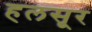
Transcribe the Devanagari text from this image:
हलसूर